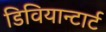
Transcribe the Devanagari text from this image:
डिवियान्टार्ट